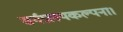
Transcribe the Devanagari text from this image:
सर्गप्रलयकल्पना।